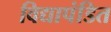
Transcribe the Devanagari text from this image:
विद्यापंडित